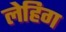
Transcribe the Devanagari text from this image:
लेहिग